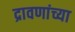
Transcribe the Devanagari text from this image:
द्रावणांच्या